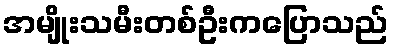
အမျိုးသမီးတစ်ဦးကပြောသည်